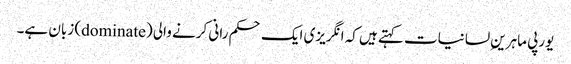
یورپی ماہرینِ لسانیات کہتے ہیں کہ انگریزی ایک حکم رانی کرنے والی (dominate) زبان ہے۔